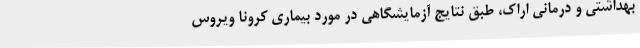
بهداشتی و درمانی اراک، طبق نتایج آزمایشگاهی در مورد بیماری کرونا ویروس